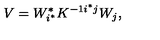
V = W _ { i ^ { * } } ^ { * } K ^ { - 1 { i ^ { * } } j } W _ { j } ,